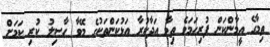
ތިމާގެ އީމާންކަން ފުރިހަމަވެ ތިމާ އަދާކުރާ އަޅުކަންތަކުގެ މޭވާ ހާސިލު ކުރި ކަމަށް